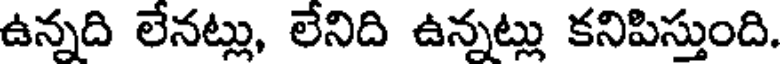
ఉన్నది లేనట్లు, లేనిది ఉన్నట్లు కనిపిస్తుంది.